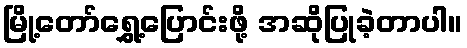
မြို့တော်ရွှေ့ပြောင်းဖို့ အဆိုပြုခဲ့တာပါ။